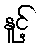
နူင့်